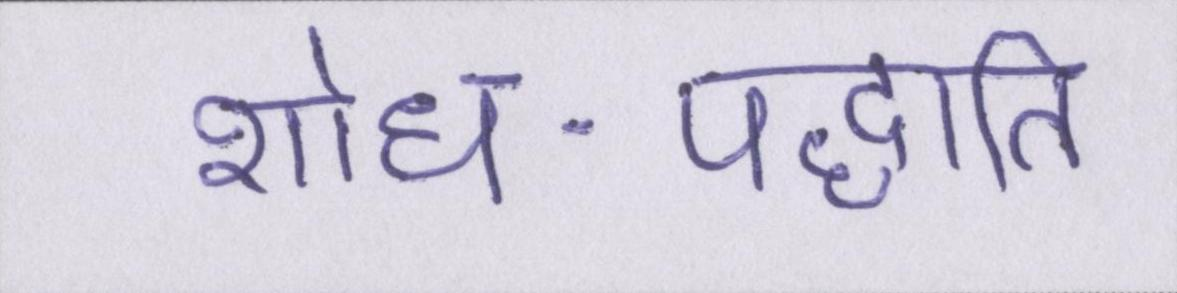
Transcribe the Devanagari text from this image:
शोध-पद्धति